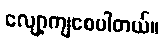
လျော့ကျစေပါတယ်။